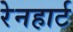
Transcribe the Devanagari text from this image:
रेनहार्ट